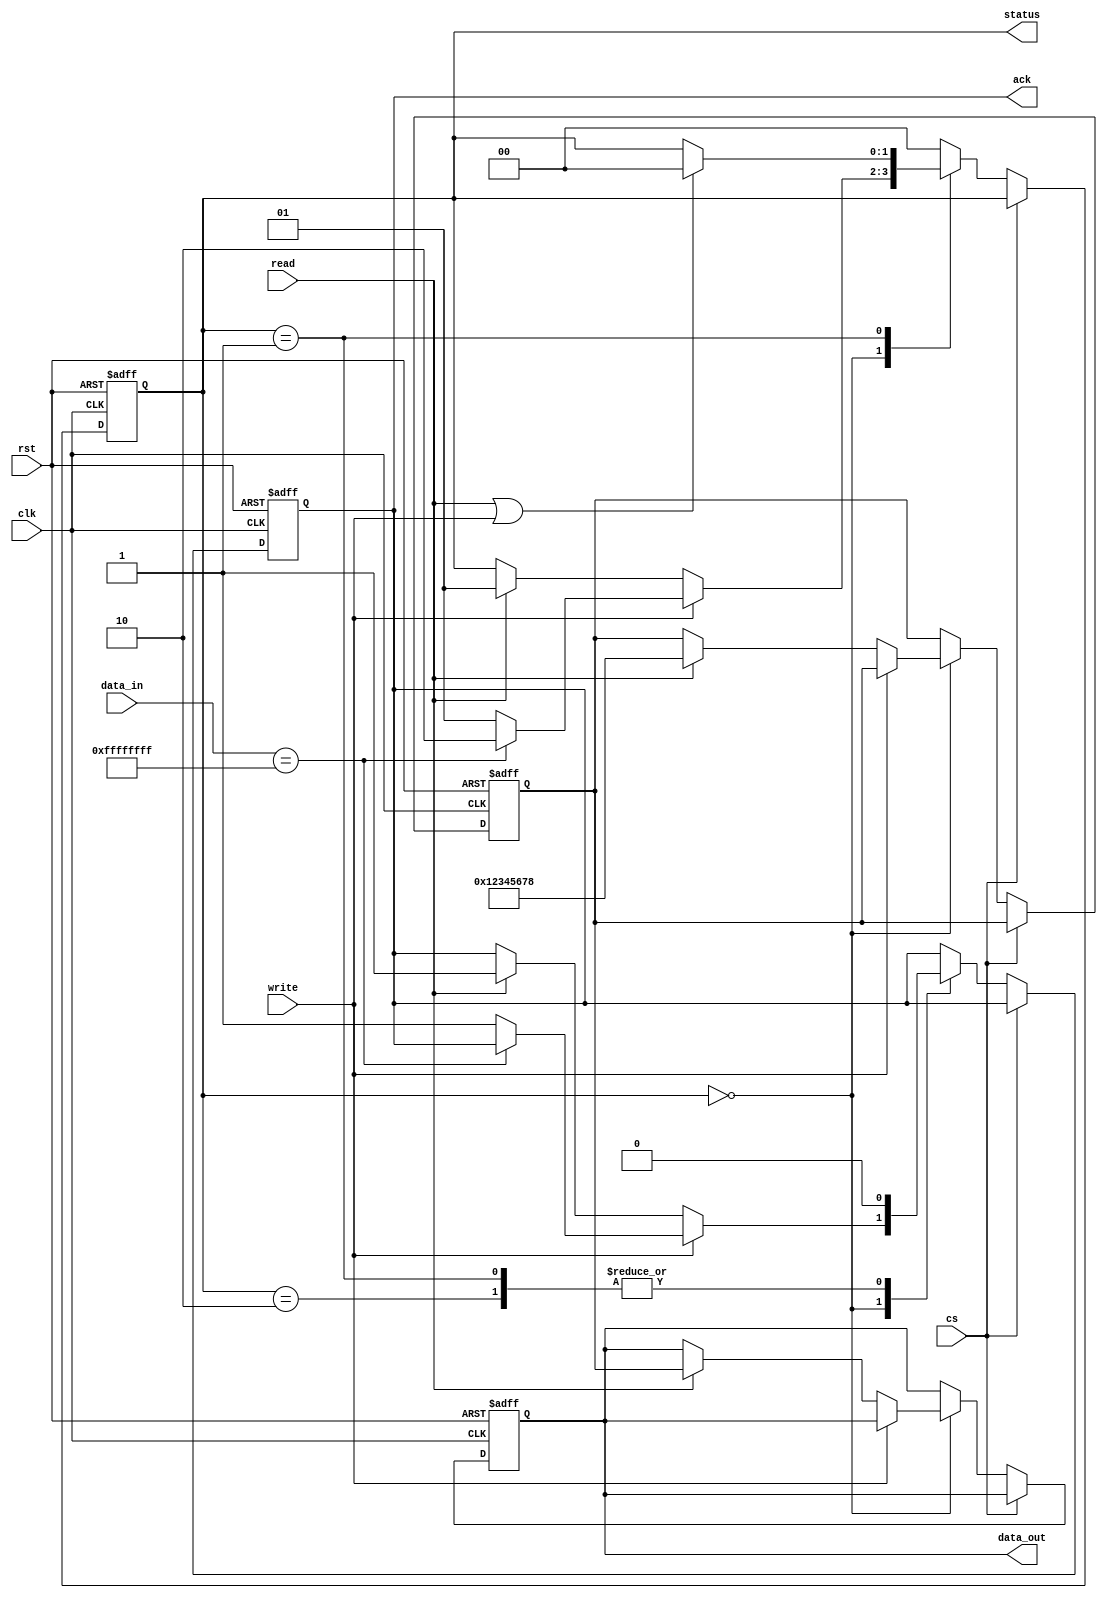
module SSD_IO_Block (
    input wire clk,
    input wire rst,
    input wire cs,        // Chip Select
    input wire read,      // Read Command
    input wire write,     // Write Command
    input wire [31:0] data_in, // Data from host (32-bit for this example)
    output reg [31:0] data_out, // Data to host
    output reg ack,       // Acknowledge signal
    output reg [1:0] status // Status signal (00: idle, 01: busy, 10: error)
);

    // Buffer sizes (for simplicity using 32-bit data)
    reg [31:0] input_buffer; // Input buffer (temp hold data to be written)
    reg [31:0] output_buffer; // Output buffer (temp hold data to be read)

    // Simple error flag for demonstration purposes
    wire error_detected;

    // Control states
    parameter IDLE  = 2'b00;
    parameter BUSY  = 2'b01;
    parameter ERROR = 2'b10;

    // Error detection logic (simple example: error if data_in is all ones)
    assign error_detected = (data_in == 32'hFFFFFFFF);

    // Main Control Logic
    always @(posedge clk or posedge rst) begin
        if (rst) begin
            ack <= 0;
            status <= IDLE;
            input_buffer <= 0;
            output_buffer <= 0;
            data_out <= 0;
        end
        else if (!cs) begin // Chip Select is active
            case (status)
                IDLE: begin
                    if (write) begin
                        // Write operation
                        input_buffer <= data_in; // Store input data
                        if (error_detected) begin
                            status <= ERROR;
                        end
                        else begin
                            // Simulate writing data to NAND flash here
                            // For simplicity, just ack as writing in this example
                            ack <= 1;
                            status <= BUSY;
                        end
                    end
                    else if (read) begin
                        // Read operation
                        // Simulate reading data from NAND flash
                        output_buffer <= 32'h12345678; // Placeholder data
                        data_out <= output_buffer;
                        ack <= 1;
                        status <= BUSY;
                    end
                end

                BUSY: begin
                    // In busy state, complete operation and return to IDLE
                    ack <= 0; // Clear acknowledge after one cycle
                    if (read || write) begin
                        status <= IDLE; // Go back to IDLE after operation
                    end
                end

                ERROR: begin
                    ack <= 0; // No acknowledge in error state
                    status <= IDLE; // Move back to IDLE after reporting error
                end

                default: status <= IDLE; // Fallback
            endcase
        end
    end

endmodule